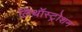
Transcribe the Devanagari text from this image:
लिथॉस्ट्रोशन